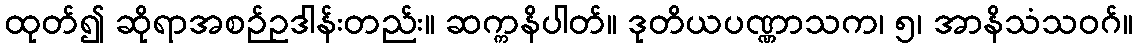
ထုတ်၍ ဆိုရာအစဉ်ဥဒါန်းတည်း။ ဆက္ကနိပါတ်။ ဒုတိယပဏ္ဏာသက၊ ၅၊ အာနိသံသဝဂ်။